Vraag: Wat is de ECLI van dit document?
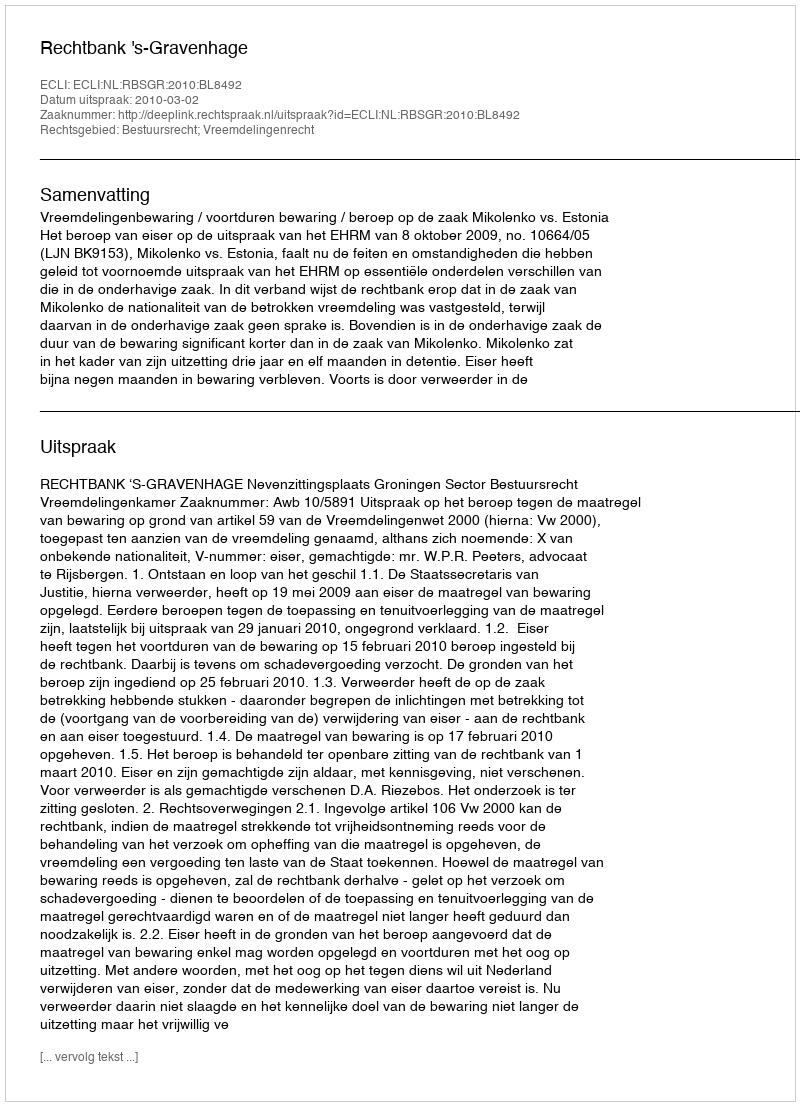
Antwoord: ECLI:NL:RBSGR:2010:BL8492